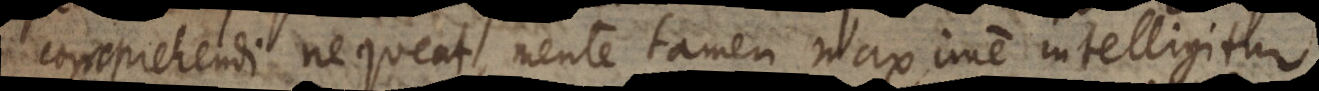
omprehendi nequeat, mente tamen maxime intelligitur.